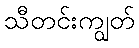
သီတင်းကျွတ်